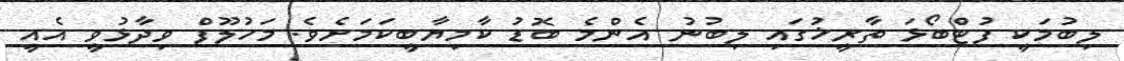
ލިބުމަކީ ފުޓްބޯޅަ ތާރީޚުގައި ލިބުނު އެންމެ ބޮޑު ކާމިޔާބީކަމަށެވެ. މަހުލޫފް ވިދާޅުވީ އެއީ